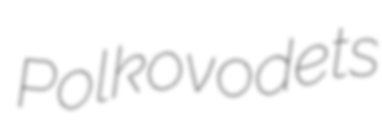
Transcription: Polkovodets